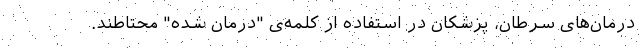
درمان‌های سرطان، پزشکان در استفاده از کلمه‌ی "درمان شده" محتاطند.